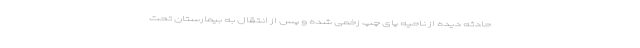
حادثه دیده از ناحیه پای چپ زخمی شده و پس از انتقال به بیمارستان تحت